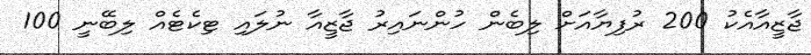
ޖާޒީއާއެކު 200 ރުފިޔާއަށް ލިބެން ހުންނައިރު ޖާޒީއާ ނުލައި ޓިކެޓެއް ލިބޭނީ 100